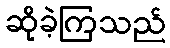
ဆိုခဲ့ကြသည်